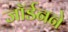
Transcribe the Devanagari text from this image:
जॉर्डनने